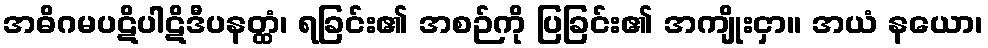
အဓိဂမပဋိပါဋိဒီပနတ္ထံ၊ ရခြင်း၏ အစဉ်ကို ပြခြင်း၏ အကျိုးငှာ။ အယံ နယော၊